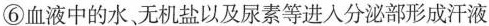
⑥血液中的水、无机盐以及尿素等进入分泌部形成汗液